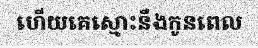
ហើយគេស្មោះនឹងកូនពេល